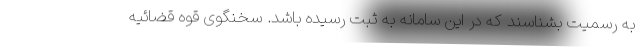
به رسمیت بشناسند که در این سامانه به ثبت رسیده باشد. سخنگوی قوه قضائیه